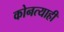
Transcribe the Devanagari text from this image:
कोनत्याही